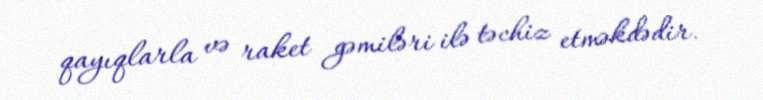
qayıqlarla və raket gəmiləri ilə təchiz etməkdədir.